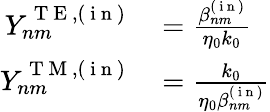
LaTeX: \begin{array}{rl}{Y_{nm}^{\mathrm{~T~E~},(\mathrm{~i~n~})}}&{{}=\frac{\beta_{nm}^{(\mathrm{~i~n~})}}{\eta_{0}k_{0}}}\\ {Y_{nm}^{\mathrm{~T~M~},(\mathrm{~i~n~})}}&{{}=\frac{k_{0}}{\eta_{0}\beta_{nm}^{(\mathrm{~i~n~})}}}\end{array}